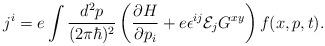
LaTeX: \begin{align*}j^i=e\int \frac{d^2p} {(2\pi\hbar)^2} \left( \frac{\partial H}{\partial p_i}+e\epsilon^{ij}{\cal E}_jG^{xy} \right)f (x,p,t). \end{align*}